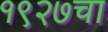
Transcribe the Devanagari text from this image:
१९२७चा